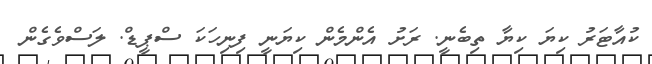
ކުއާޓަރު ކިޔަ ކިޔާ ތިބެނީ. ރަށު އެންމެން ކިޔަނީ ފިނިހަކަ ސްޕީޑް. ލަސްވެގެން